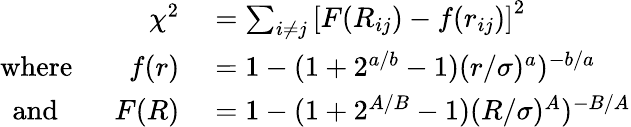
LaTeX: \begin{array}{rl}{\chi^{2}}&{{}=\sum_{i\ne j}\left[F(R_{ij})-f(r_{ij})\right]^{2}}\\ {\textrm{where}\qquad f(r)}&{{}=1-(1+2^{a/b}-1)(r/\sigma)^{a})^{-b/a}}\\ {\textrm{and}\qquad F(R)}&{{}=1-(1+2^{A/B}-1)(R/\sigma)^{A})^{-B/A}}\end{array}